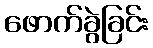
ဖောက်ခွဲခြင်း